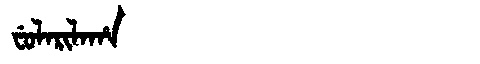
Manchu: ᠸᡠᠯᠠᡵᡳᠯᠠᡥᠠ
Romanization: FULARILAHA